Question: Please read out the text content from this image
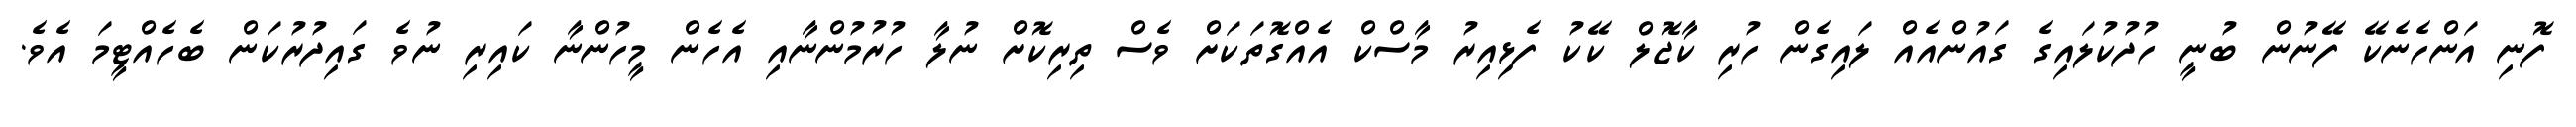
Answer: ފޮނި އަންހެނެކޭ ފޭނުން ބުނީ ހުދުކުލައިގެ ގައުންއެއް ލައިގެން ހުރި ކާޖޮލް ކޭކު ފެޅިއިރު މާސްކް އެއްގޮތަކަށް ވެސް ތިރިކޮށް ނުލާ ހުރުމުންނާއި އެހެން މީހުންނާ ކައިރި ނުވެ ގައިދުރުކަން ބެހެއްޓީމަ އެވެ.